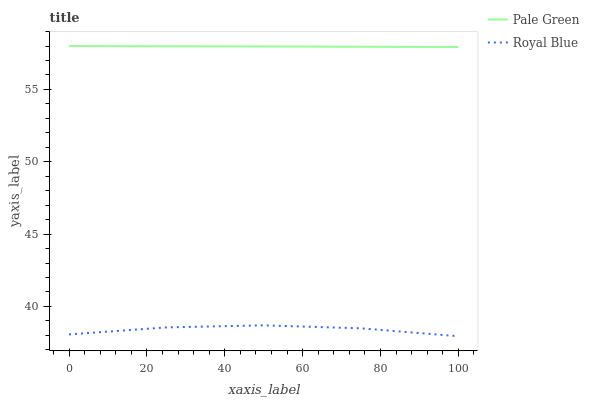
| xaxis_label | Pale Green | Royal Blue |
 | --- | --- | --- |
 | 0 | 58 | 38.1 |
 | 25 | 58 | 38.6 |
 | 50 | 58 | 38.7 |
 | 75 | 57.9 | 38.5 |
 | 100 | 57.9 | 37.9 |